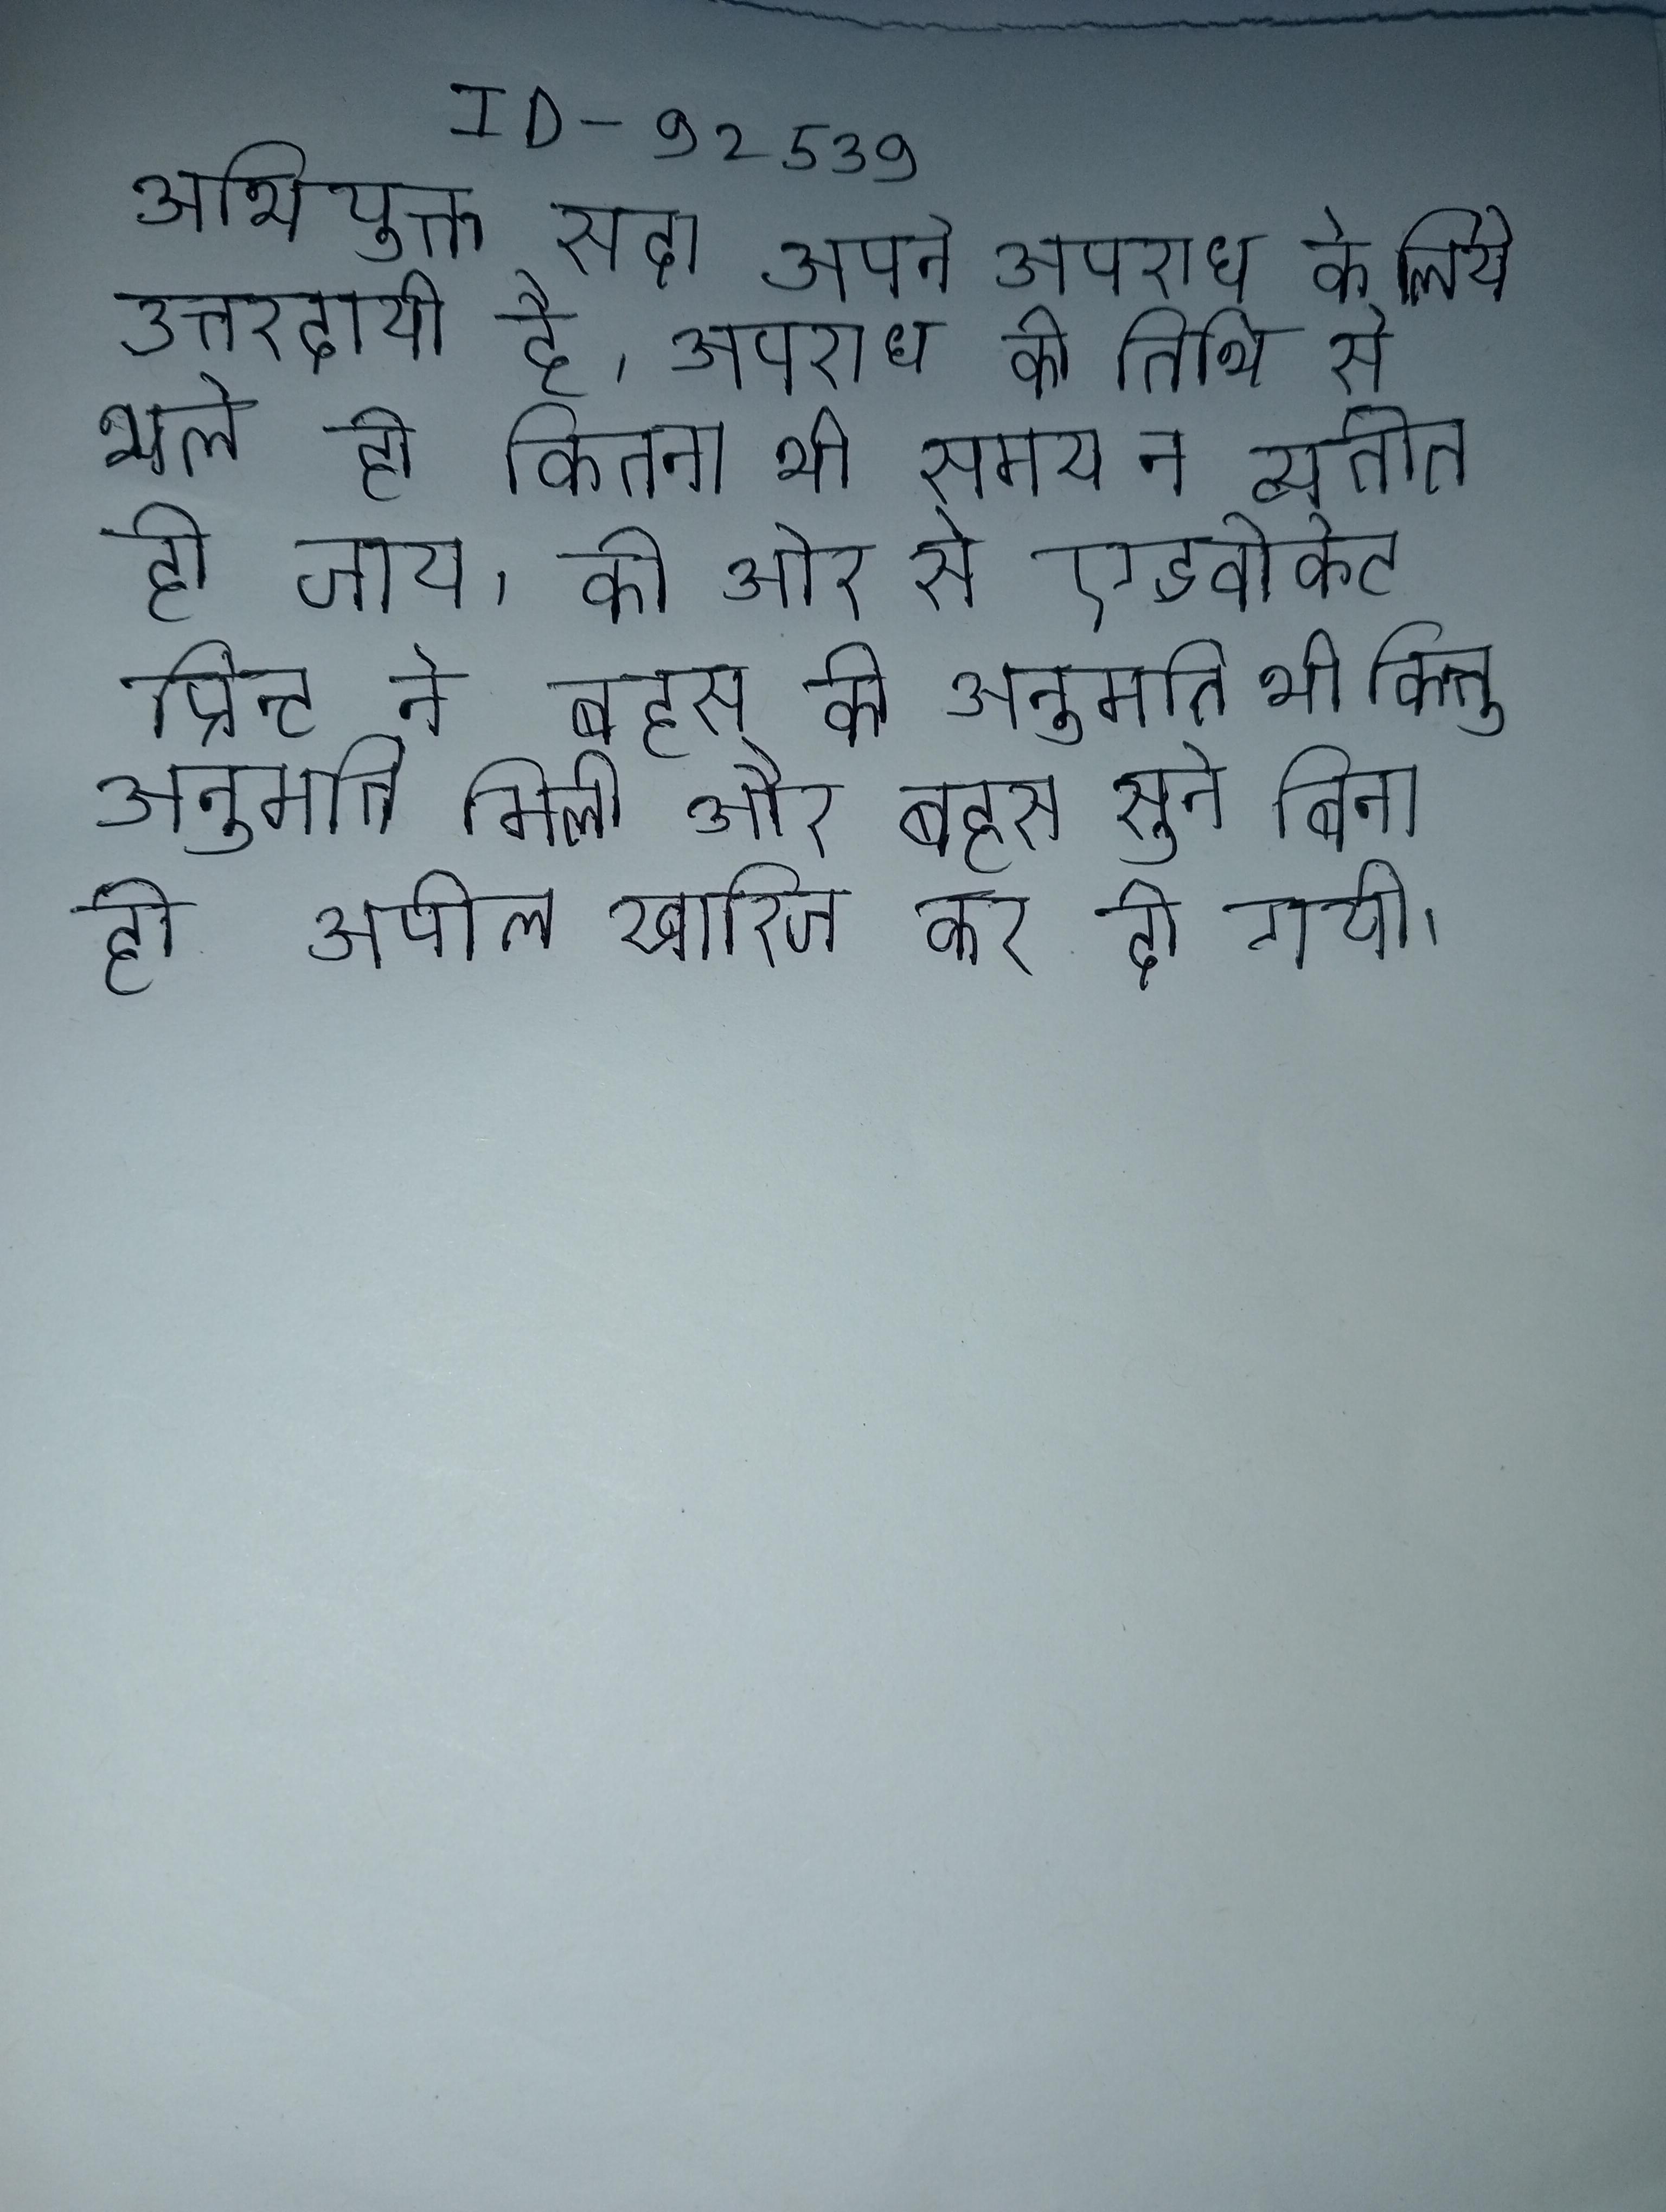
अभियुक्त सदा अपने अपराध के लिये उत्तरदायी है, अपराध की तिथि से भले ही कितना भी समय न व्यतीत हो जाय । की ओर से एडवोकेट प्रिन्ट ने बहस की अनुमति थी किन्तु अनुमति मिली और बहस सुने बिना ही अपील खारिज कर दी गयी ।